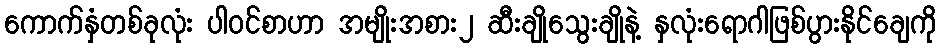
ကောက်နှံတစ်ခုလုံး ပါဝင်စာဟာ အမျိုးအစား၂ ဆီးချိုသွေးချိုနဲ့ နှလုံးရောဂါဖြစ်ပွားနိုင်ချေကို